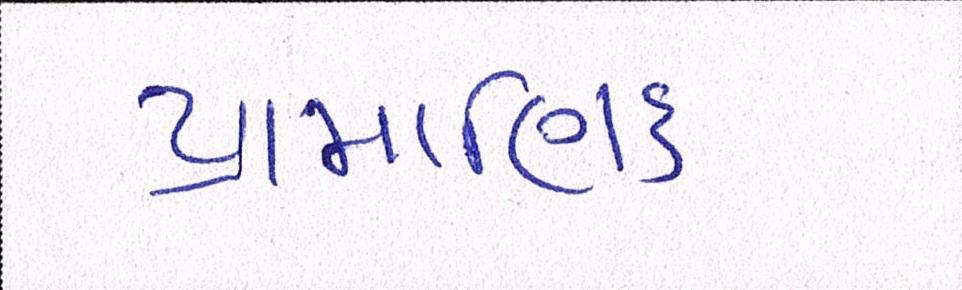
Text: પ્રામાણિક